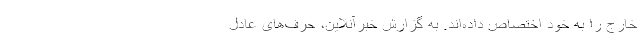
خارج را به خود اختصاص داده‌اند. به گزارش خبرآنلاین، حرف‌های عادل